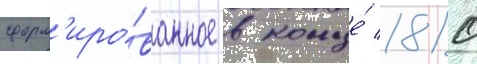
сформ'иро́ванное в конце́ 1810